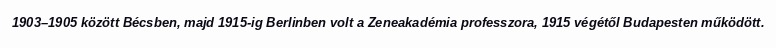
1903–1905 között Bécsben, majd 1915-ig Berlinben volt a Zeneakadémia professzora, 1915 végétől Budapesten működött.